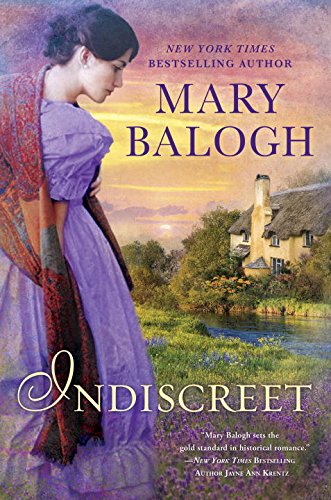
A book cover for Indiscreet: The Horsemen Trilogy; Mary Balogh; Romance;